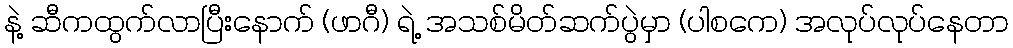
နဲ့ ဆီကထွက်လာပြီးနောက် (ဖာဂီ) ရဲ့ အသစ်မိတ်ဆက်ပွဲမှာ (ပါစကေ) အလုပ်လုပ်နေတာ